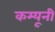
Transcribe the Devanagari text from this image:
कम्यूनी